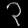
Digit: ၃